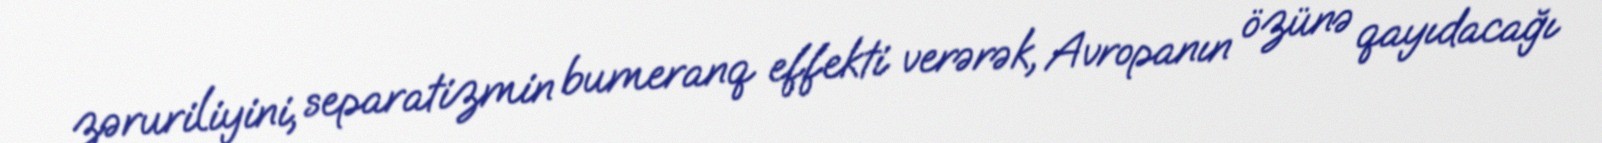
zəruriliyini, separatizmin bumeranq effekti verərək, Avropanın özünə qayıdacağı